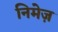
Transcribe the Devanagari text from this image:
निमेज़